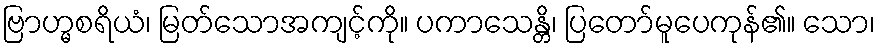
ဗြာဟ္မစရိယံ၊ မြတ်သောအကျင့်ကို။ ပကာသေန္တိ၊ ပြတော်မူပေကုန်၏။ သော၊